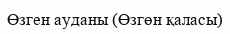
Өзген ауданы (Өзгөн қаласы)